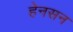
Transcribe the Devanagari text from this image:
हेनसन